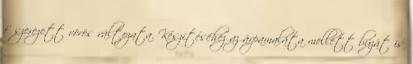
fűszerezett vörös változata. Készítéséhez az árpamaláta mellett búzát is